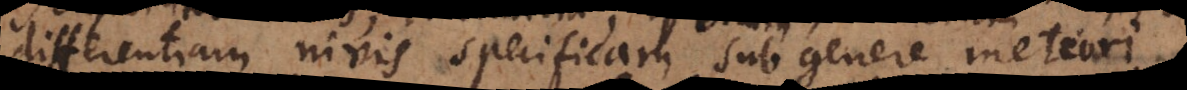
differentiam nivis specificam sub genere meteori